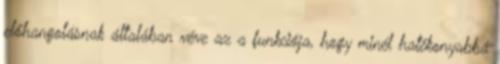
előhangolásnak általában véve az a funkciója, hogy minél hatékonyabbá